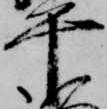
平